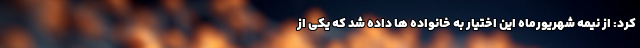
کرد: از نیمه شهریورماه این اختیار به خانواده ها داده شد که یکی از